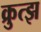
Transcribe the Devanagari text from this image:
क्रुत्झ